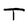
Character: T